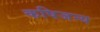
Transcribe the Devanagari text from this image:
कषिजन्य